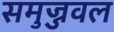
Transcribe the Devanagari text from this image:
समुज्जवल